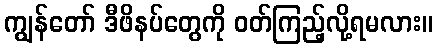
ကျွန်တော် ဒီဖိနပ်တွေကို ဝတ်ကြည့်လို့ရမလား။